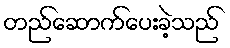
တည်ဆောက်ပေးခဲ့သည်